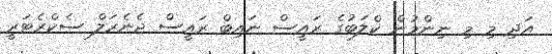
އަދި މި މި ނިންމުން ކްލަބުގެ ރައީސް ނައިބް ރައީސް ޖެނެރަލް ސެކްރެޓަރީ